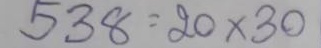
538 = 20 x 30